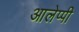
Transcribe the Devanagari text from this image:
आलेप्पी